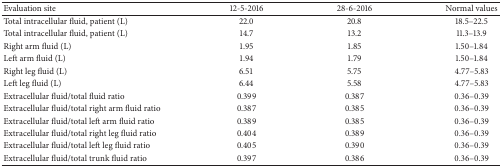
<table><thead><tr><td><b>Evaluation site</b></td><td><b>12-5-2016</b></td><td><b>28-6-2016</b></td><td><b>Normal values</b></td></tr></thead><tbody><tr><td>Total intracellular fluid, patient (L)</td><td>22.0</td><td>20.8</td><td>18.5–22.5</td></tr><tr><td>Total intracellular fluid, patient (L)</td><td>14.7</td><td>13.2</td><td>11.3–13.9</td></tr><tr><td>Right arm fluid (L)</td><td>1.95</td><td>1.85</td><td>1.50–1.84</td></tr><tr><td>Left arm fluid (L)</td><td>1.94</td><td>1.79</td><td>1.50–1.84</td></tr><tr><td>Right leg fluid (L)</td><td>6.51</td><td>5.75</td><td>4.77–5.83</td></tr><tr><td>Left leg fluid (L)</td><td>6.44</td><td>5.58</td><td>4.77–5.83</td></tr><tr><td>Extracellular fluid/total fluid ratio</td><td>0.399</td><td>0.387</td><td>0.36–0.39</td></tr><tr><td>Extracellular fluid/total right arm fluid ratio</td><td>0.387</td><td>0.385</td><td>0.36–0.39</td></tr><tr><td>Extracellular fluid/total left arm fluid ratio</td><td>0.389</td><td>0.385</td><td>0.36–0.39</td></tr><tr><td>Extracellular fluid/total right leg fluid ratio</td><td>0.404</td><td>0.389</td><td>0.36–0.39</td></tr><tr><td>Extracellular fluid/total left leg fluid ratio</td><td>0.405</td><td>0.390</td><td>0.36–0.39</td></tr><tr><td>Extracellular fluid/total trunk fluid ratio</td><td>0.397</td><td>0.386</td><td>0.36–0.39</td></tr></tbody></table>